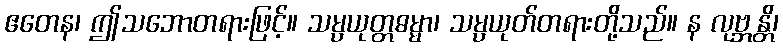
ဧတေန၊ ဤသဘောတရားဖြင့်။ သမ္ပယုတ္တဓမ္မာ၊ သမ္ပယုတ်တရားတို့သည်။ န လုဗ္ဘန္တိ၊